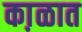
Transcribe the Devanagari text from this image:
का़ळात